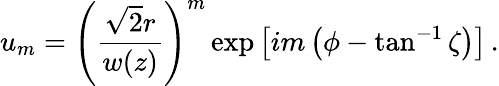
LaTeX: u_{m}=\left(\frac{\sqrt 2r}{w(z)}\right)^{m}\exp\left[im\left(\phi-\tan^{-1}\zeta\right)\right]\, .